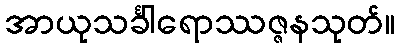
အာယုသင်္ခါရောဿဇ္ဇနသုတ်။